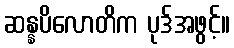
ဆန္နပိလောတိက ပုဒ်အဖွင့်။